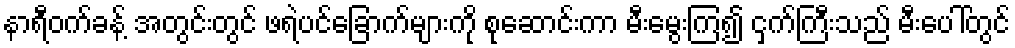
နာရီဝက်ခန့် အတွင်းတွင် ဖရဲပင်ခြောက်များကို စုဆောင်းကာ မီးမွေးကြ၍ ငှက်ကြီးသည် မီးပေါ်တွင်